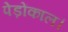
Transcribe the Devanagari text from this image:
पेड़ोंकाल।